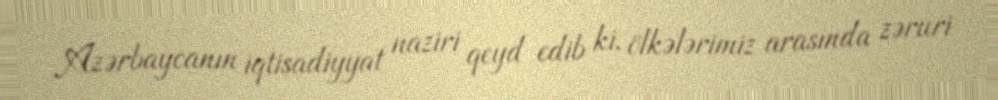
Azərbaycanın iqtisadiyyat naziri qeyd edib ki, ölkələrimiz arasında zəruri